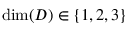
\mathrm { d i m } ( D ) \in \{ 1 , 2 , 3 \}